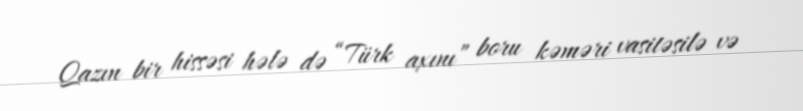
Qazın bir hissəsi hələ də “Türk axını” boru kəməri vasitəsilə və